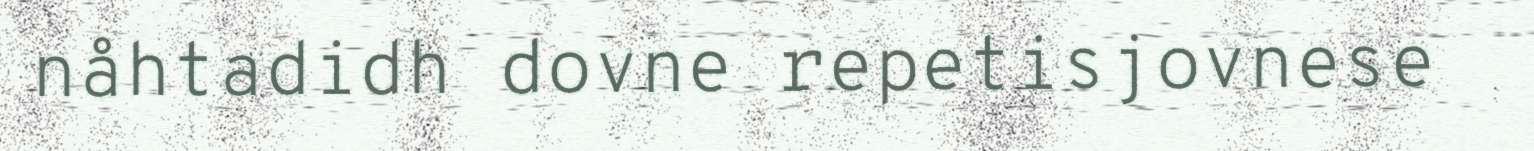
nåhtadidh dovne repetisjovnese